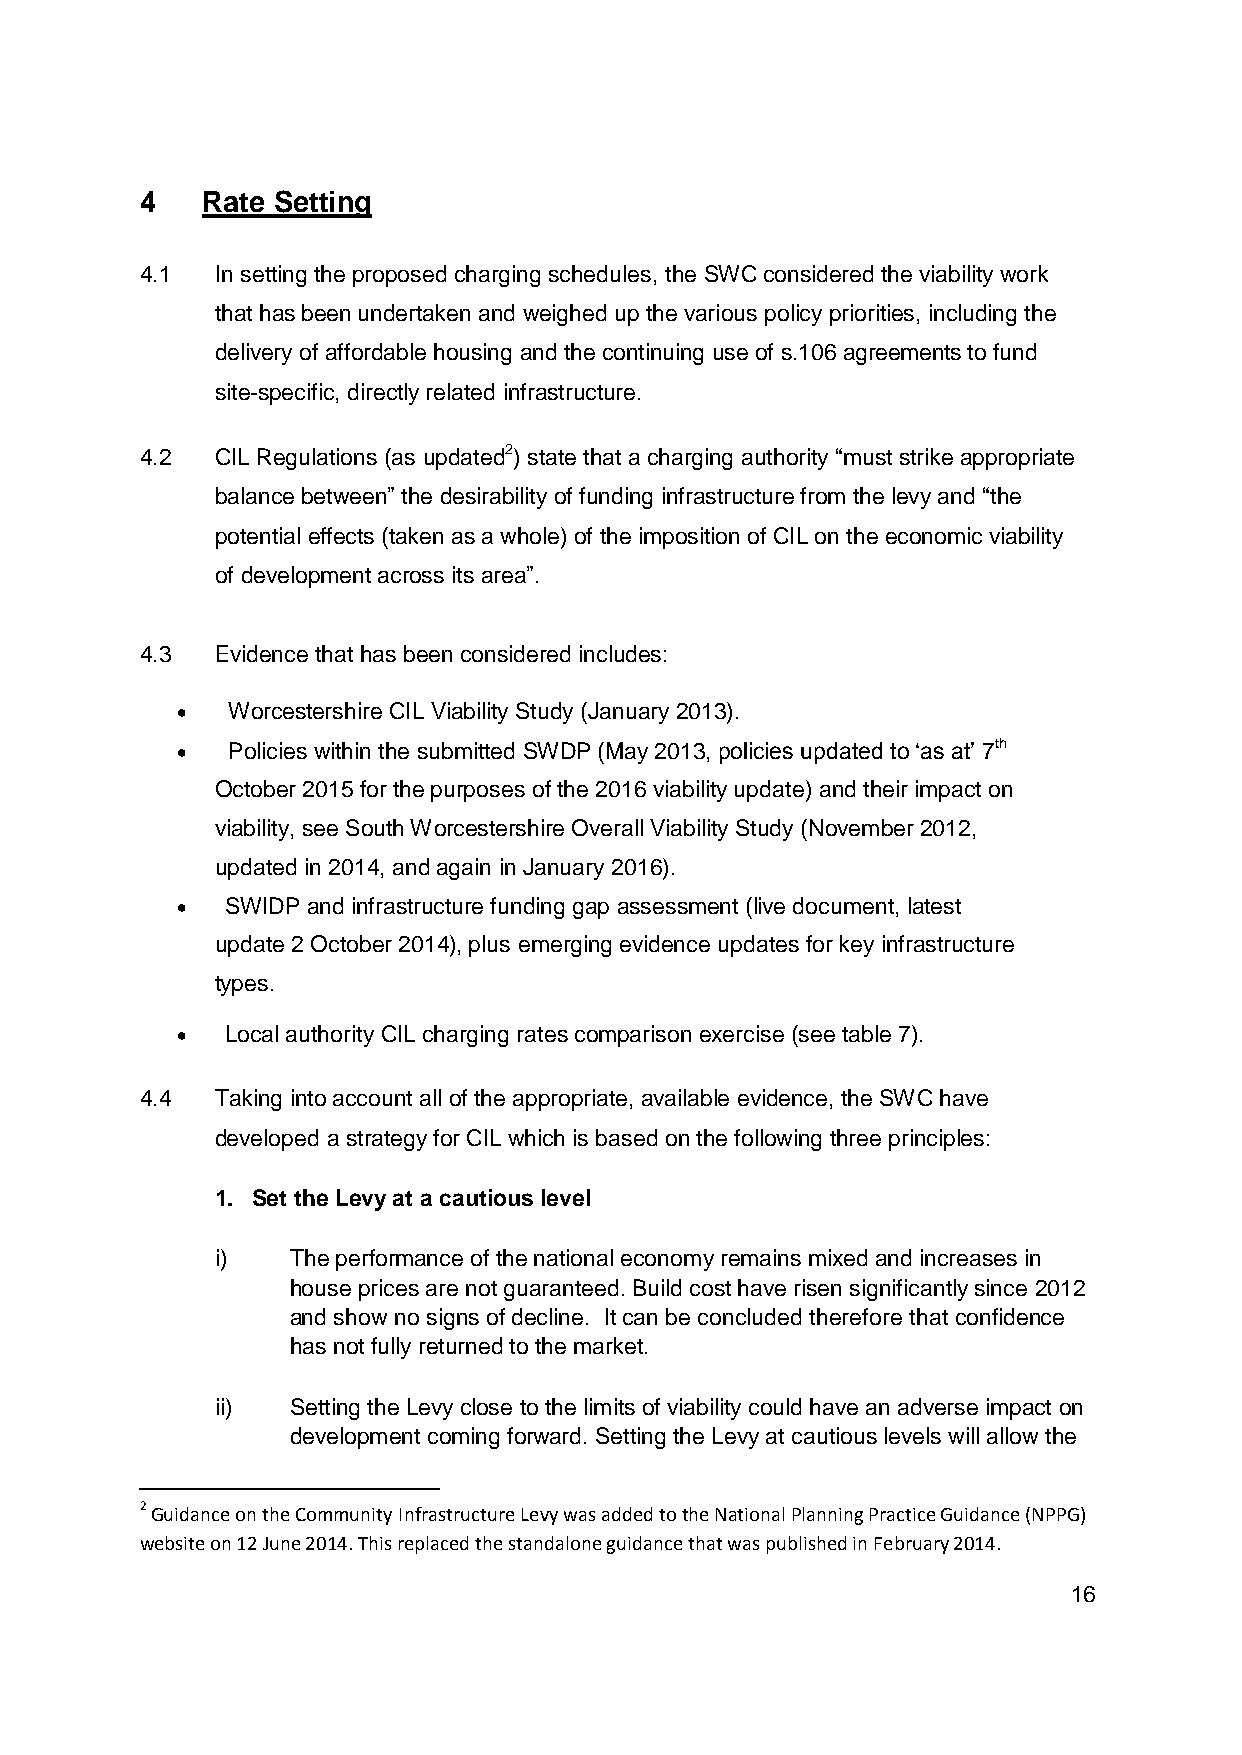
4   Rate Setting
 4.1  In setting the proposed charging schedules, the SWC considered the viability work
 that has been undertaken and weighed up the various policy priorities, including the
 delivery of affordable housing and the continuing use of s.106 agreements to fund
 site-specific, directly related infrastructure.
 4.2  CIL Regulations (as updated2) state that a charging authority “must strike appropriate
 balance between” the desirability of funding infrastructure from the levy and “the
 potential effects (taken as a whole) of the imposition of CIL on the economic viability
 of development across its area”.
 4.3  Evidence that has been considered includes:
   Worcestershire CIL Viability Study (January 2013).
   Policies within the submitted SWDP (May 2013, policies updated to „as at‟ 7th
 October 2015 for the purposes of the 2016 viability update) and their impact on
 viability, see South Worcestershire Overall Viability Study (November 2012,
 updated in 2014, and again in January 2016).
   SWIDP and infrastructure funding gap assessment (live document, latest
 update 2 October 2014), plus emerging evidence updates for key infrastructure
 types.
   Local authority CIL charging rates comparison exercise (see table 7).
 4.4  Taking into account all of the appropriate, available evidence, the SWC have
 developed a strategy for CIL which is based on the following three principles:
 1. Set the Levy at a cautious level
 i)   The performance of the national economy remains mixed and increases in
 house prices are not guaranteed. Build cost have risen significantly since 2012
 and show no signs of decline. It can be concluded therefore that confidence
 has not fully returned to the market.
 ii)  Setting the Levy close to the limits of viability could have an adverse impact on
 development coming forward. Setting the Levy at cautious levels will allow the
 2 Guidance on the Community Infrastructure Levy was added to the National Planning Practice Guidance (NPPG)
 website on 12 June 2014. This replaced the standalone guidance that was published in February 2014.
 16